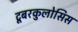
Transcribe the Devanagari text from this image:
टूबरकुलोसिस